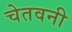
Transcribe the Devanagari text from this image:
चेतवनी